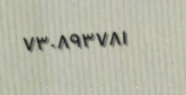
٧٣٠٨٩٣٧٨١